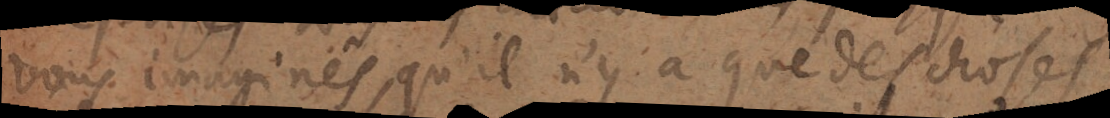
vous imaginés, qu’il n’y a que des choses